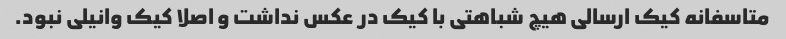
متاسفانه کیک ارسالی هیچ شباهتی با کیک در عکس نداشت و اصلا کیک وانیلی نبود.